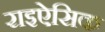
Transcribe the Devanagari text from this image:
राइऐसिक